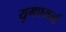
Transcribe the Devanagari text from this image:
युगपयर्न्त